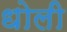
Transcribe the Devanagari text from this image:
धोली